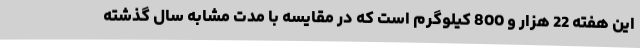
این هفته 22 هزار و 800 کیلوگرم است که در مقایسه با مدت مشابه سال گذشته